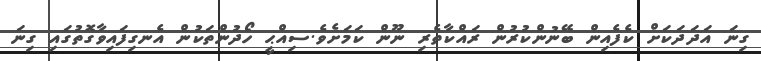
ގިނަ އަދަދަކަށް ކެފެއިން ބޭނުންކުރުން ރައްކާތެރި ނޫން ކަމަށެވެ.ސިއްޙީ ހޯދުންތަކުން އެނގިފައިވާގޮތުގައި ގިނަ